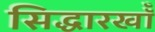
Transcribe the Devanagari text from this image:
सिद्धारखॉँ